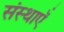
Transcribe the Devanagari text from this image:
संस्थाऍं